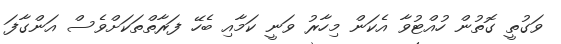
ވަގުތީ ގޮތުން ހުއްޓުވާ އެކަން މިހާރު ވަނީ ކަމާއި ބެހޭ ފަރާތްތަކަށްވެސް އަންގާފަ